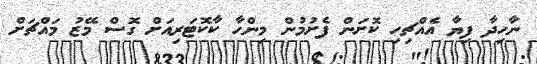
ނާހިދާ ފިޔާ އެއްޗިހި ކޮށަން ފެށުމުން މިންހާ ކާކޮޓަރިއަށް ގޮސް މޭޒު މައްޗަށް